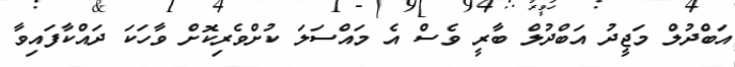
އަބްދުލް މަޖީދު އަބްދުލް ބާރީ ވެސް އެ މައްސަލަ ކުށްވެރިކޮށް ވާހަކަ ދައްކާފައިވާ